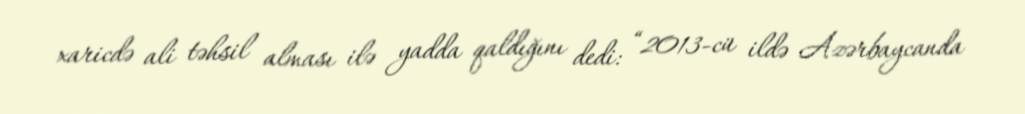
xaricdə ali təhsil alması ilə yadda qaldığını dedi: “2013-cü ildə Azərbaycanda